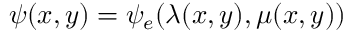
\psi ( x , y ) = \psi _ { e } ( \lambda ( x , y ) , \mu ( x , y ) )